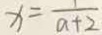
x = \frac { 1 } { a + 2 }